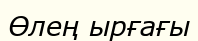
Өлең ырғағы